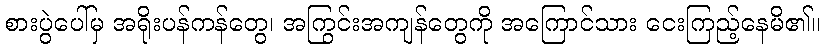
စားပွဲပေါ်မှ အရိုးပန်ကန်တွေ၊ အကြွင်းအကျန်တွေကို အကြောင်သား ငေးကြည့်နေမိ၏။